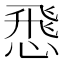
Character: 𢝵